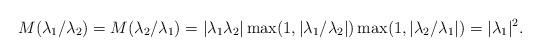
LaTeX: \begin{align*} M(\lambda_1/\lambda_2)=M(\lambda_2/\lambda_1)=|\lambda_1\lambda_2|\max(1,|\lambda_1/\lambda_2|)\max(1,|\lambda_2/\lambda_1|)=|\lambda_1|^2.\end{align*}